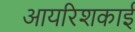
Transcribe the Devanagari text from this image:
आयरिशकाई